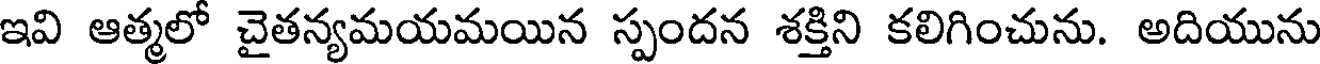
ఇవి ఆత్మలో చైతన్యమయమయిన స్పందన శక్తిని కలిగించును. అదియును